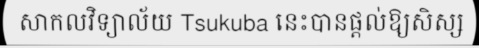
សាកលវិទ្យាល័យ Tsukuba នេះបានផ្តល់ឱ្យសិស្ស